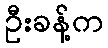
ဦးခန့်က